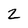
Character: 2